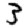
Digit: 3